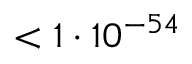
< 1 \cdot 1 0 ^ { - 5 4 }